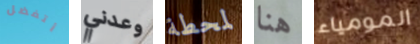
أتفضل وعدني لمحطة هنا المومياء